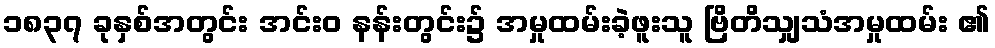
၁၈၃၇ ခုနှစ်အတွင်း အင်းဝ နန်းတွင်း၌ အမှုထမ်းခဲ့ဖူးသူ ဗြိတိသျှသံအမှုထမ်း ၏